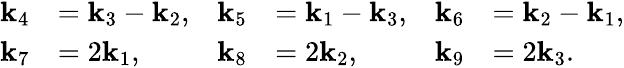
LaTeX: \begin{array}{rl}{\mathbf{k}_{4}}&{=\mathbf{k}_{3}-\mathbf{k}_{2},}\\ {\mathbf{k}_{7}}&{=2\mathbf{k}_{1},}\end{array}\quad\begin{array}{rl}{\mathbf{k}_{5}}&{=\mathbf{k}_{1}-\mathbf{k}_{3},}\\ {\mathbf{k}_{8}}&{=2\mathbf{k}_{2},}\end{array}\quad\begin{array}{rl}{\mathbf{k}_{6}}&{=\mathbf{k}_{2}-\mathbf{k}_{1},}\\ {\mathbf{k}_{9}}&{=2\mathbf{k}_{3}.}\end{array}